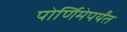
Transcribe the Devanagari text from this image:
पोर्णिमेपर्यंत